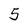
Character: 5